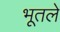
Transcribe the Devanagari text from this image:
भूतले